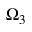
\Omega _ { 3 }